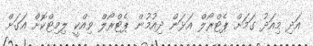
އަދި މިއަދު ގަމަށް ޕެޓްރޯލް އަޅަން ދިއުމުން ޕެޓްރޯލް ވިއްކީ ލިމިޓްކޮށް އަގަށް